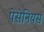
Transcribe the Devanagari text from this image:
पेसेनियस